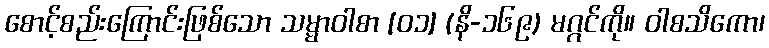
စောင့်စည်းကြောင်းဖြစ်သော သမ္မာဝါစာ [၀၁] (နိ-၁၆၉) မဂ္ဂင်ကို။ ဝါစသိကော၊